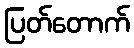
ပြတ်တောက်